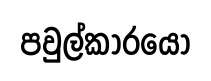
පවුල්කාරයෝ